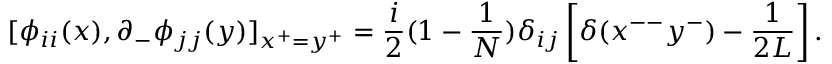
[ \phi _ { i i } ( x ) , \partial _ { - } \phi _ { j j } ( y ) ] _ { x ^ { + } = y ^ { + } } = \frac { i } { 2 } ( 1 - \frac { 1 } { N } ) \delta _ { i j } \left[ \delta ( x ^ { -- } y ^ { - } ) - \frac { 1 } { 2 L } \right] .